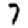
Digit: 7